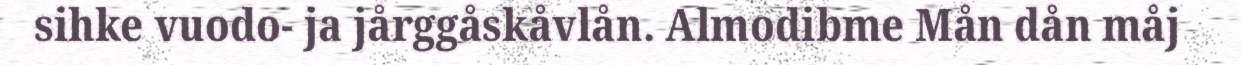
sihke vuodo- ja jårggåskåvlån. Almodibme Mån dån måj